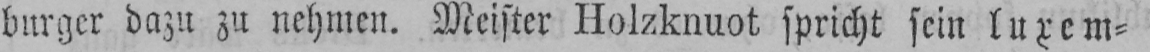
burger dazu zu nehmen. Meister Holzknuot spricht sein luxem⸗